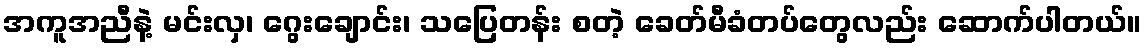
အကူအညီနဲ့ မင်းလှ၊ ဂွေးချောင်း၊ သပြေတန်း စတဲ့ ခေတ်မီခံတပ်တွေလည်း ဆောက်ပါတယ်။